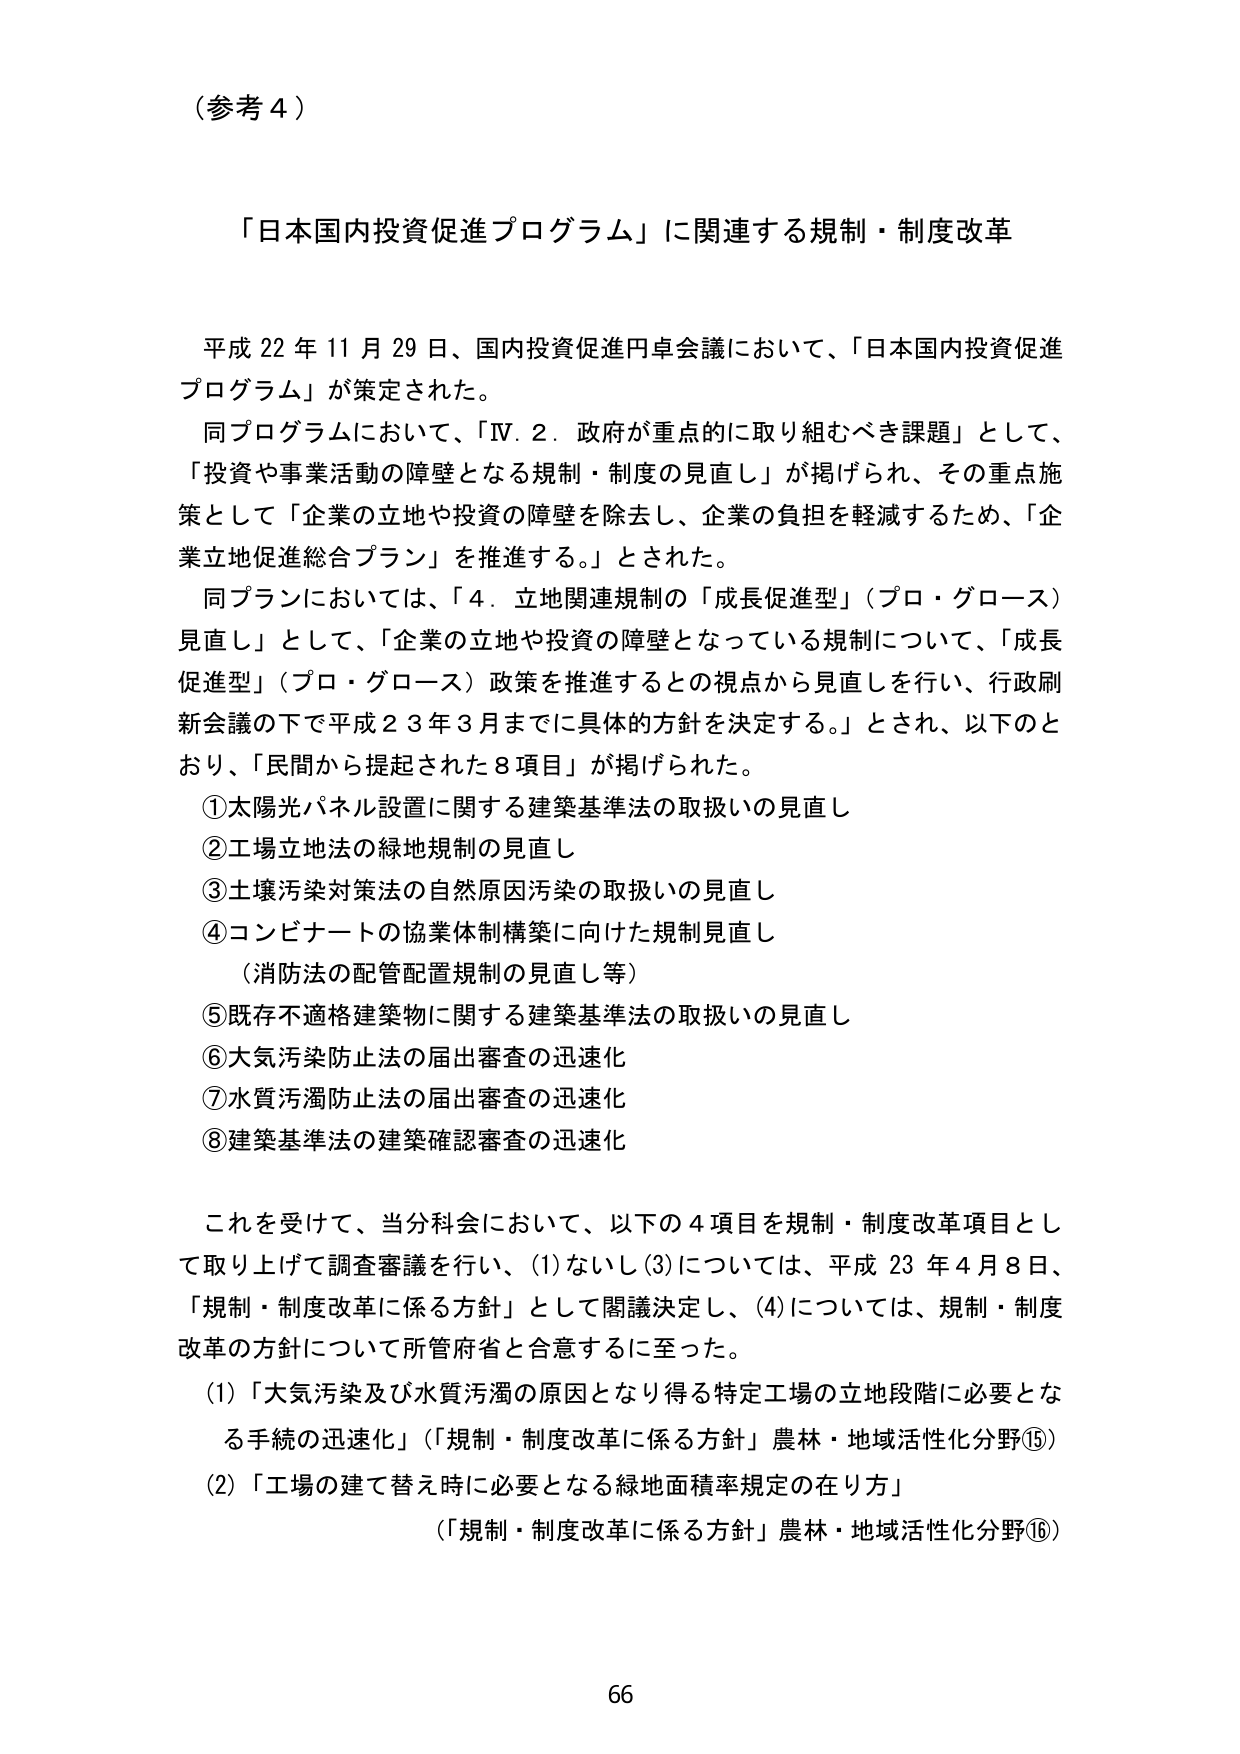
（参考４）

「日本国内投資促進プログラム」に関連する規制・制度改革

平成22年11月29日、国内投資促進円卓会議において、「日本国内投資促進プログラム」が策定された。

同プログラムにおいて、「Ⅳ．2．政府が重点的に取り組むべき課題」として、「投資や事業活動の障壁となる規制・制度の見直し」が掲げられ、その重点施策として「企業の立地や投資の障壁を除去し、企業の負担を軽減するため、「企業立地促進総合プラン」を推進する。」とされた。

同プランにおいては、「4．立地関連規制の「成長促進型」（プロ・グロース）見直し」として、「企業の立地や投資の障壁となっている規制について、「成長促進型」（プロ・グロース）政策を推進するとの視点から見直しを行い、行政刷新会議の下で平成23年3月までに具体の方針を決定する。」とされ、以下のとおり、「民間から提起された8項目」が掲げられた。

①太陽光パネル設置に関する建築基準法の取扱いの見直し
②工場立地法の緑地規制の見直し
③土壌汚染対策法の自然原因汚染の取扱いの見直し
④コンビナートの協業体制構築に向けた規制見直し
　（消防法の配管配置規制の見直し等）
⑤既存不適格建築物に関する建築基準法の取扱いの見直し
⑥大気汚染防止法の届出審査の迅速化
⑦水質汚濁防止法の届出審査の迅速化
⑧建築基準法の建築確認審査の迅速化

これを受けて、当分科会において、以下の4項目を規制・制度改革項目として取り上げて調査審議を行い、(1)ないし(3)については、平成23年4月8日、「規制・制度改革に係る方針」として閣議決定し、(4)については、規制・制度改革の方針について所管府省と合意するに至った。

(1)「大気汚染及び水質汚濁の原因となり得る特定工場の立地段階に必要となる手続の迅速化」（「規制・制度改革に係る方針」農林・地域活性化分野⑮）
(2)「工場の建て替え時に必要となる緑地面積率規定の在り方」
　（「規制・制度改革に係る方針」農林・地域活性化分野⑯）

66